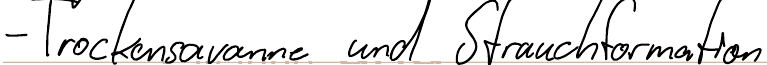
- Trockensavanne und Strauchformation